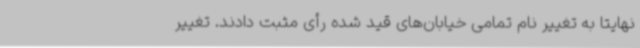
نهایتا به تغییر نام تمامی خیابان‌های قید شده رأی مثبت دادند. تغییر